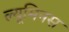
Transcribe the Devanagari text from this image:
ल्यूमिनस